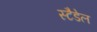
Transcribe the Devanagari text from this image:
स्टैडेल